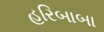
હરિબાબા